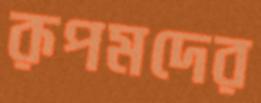
রূপমদের